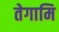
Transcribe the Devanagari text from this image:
तेगामि